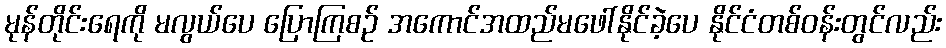
မုန်တိုင်းရေကို မလွယ်ပေ ပြောကြစဉ် အကောင်အထည်မဖေါ်နိုင်ခဲ့ပေ နိုင်ငံတစ်ဝန်းတွင်လည်း